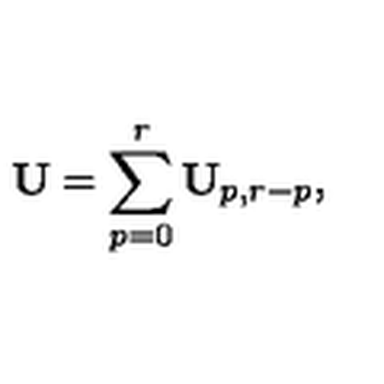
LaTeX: \mathbf { U } = \sum _ { p = 0 } ^ { r } \mathbf { U } _ { p , r - p } ,